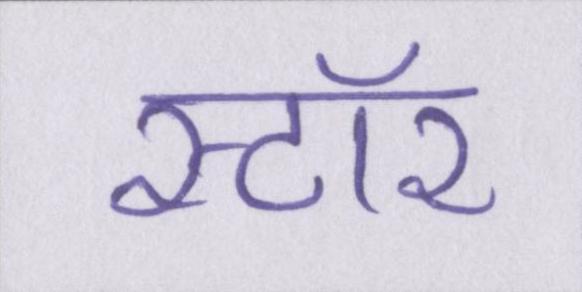
स्टॉर